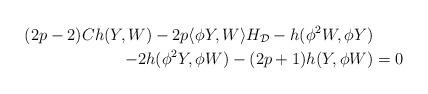
LaTeX: \begin{align*} (2p-2)Ch(Y,W)-2p\langle \phi Y,W\rangle H_{\mathcal{D}}-h(\phi ^{2}W,\phi Y)& \\-2h(\phi ^{2}Y,\phi W)-(2p+1)h(Y,\phi W)& =0\end{align*}